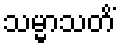
သမ္မာသတိံ